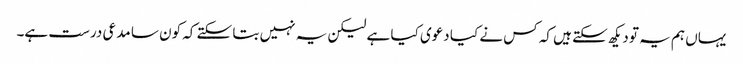
یہاں ہم یہ تو دیکھ سکتے ہیں کہ کس نے کیا دعوی کیا ہے لیکن یہ نہیں بتا سکتے کہ کون سا مدعی درست ہے۔